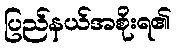
ပြည်နယ်အစိုးရ၏